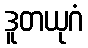
ဒူတယုဂံ